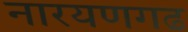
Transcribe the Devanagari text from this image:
नारयणगढ